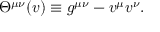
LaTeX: \Theta ^ { \mu \nu } ( v ) \equiv g ^ { \mu \nu } - v ^ { \mu } v ^ { \nu } .